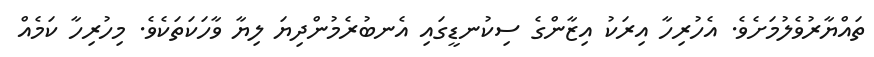
ތައްޔާރުވެލުމަށެވެ. އެހުރިހާ އިރަކު އިޒާންގެ ސިކުނޑީގައި އެނބުރެމުންދިޔަ ލިޔާ ވާހަކަތަކެވެ. މިހުރިހާ ކަމެއް